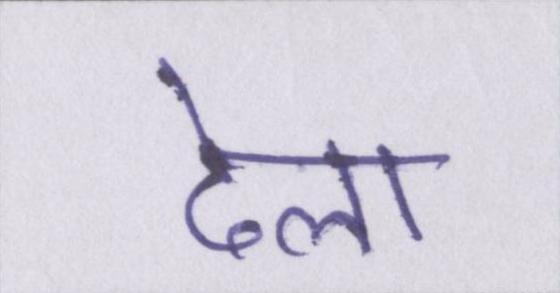
ढेला